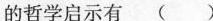
的哲学启示有 ( )